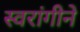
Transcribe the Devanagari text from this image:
स्वरांगीने